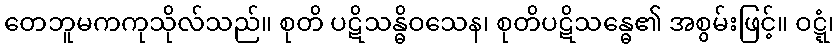
တေဘူမကကုသိုလ်သည်။ စုတိ ပဋိသန္ဓိဝသေန၊ စုတိပဋိသန္ဓေ၏ အစွမ်းဖြင့်။ ဝဋ္ဋံ၊